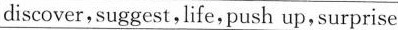
discover,suggest,life, push up,surprise